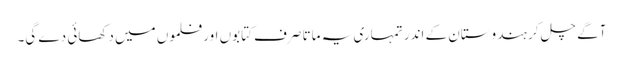
آگے چل کر ہندوستان کے اندر تمہاری یہ ماتا صرف کتابوں اور فلموں میں دکھائی دے گی۔